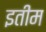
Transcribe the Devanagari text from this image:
इतीम